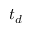
t _ { d }